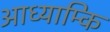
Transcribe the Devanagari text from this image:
आध्याम्कि